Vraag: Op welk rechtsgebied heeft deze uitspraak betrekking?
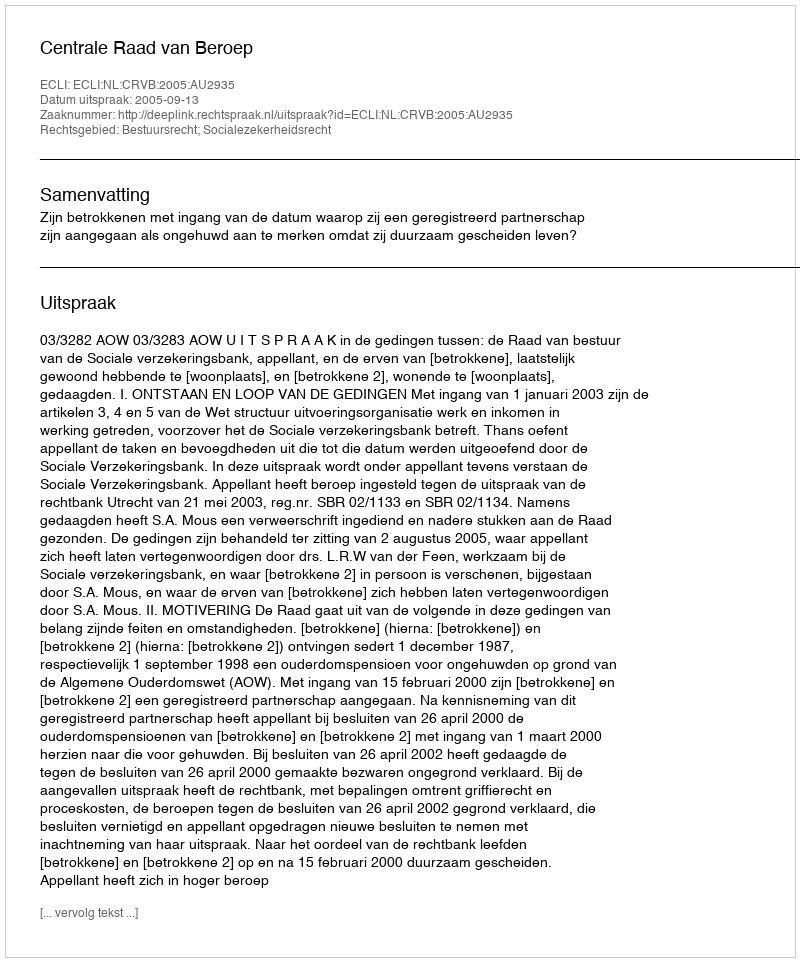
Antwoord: Bestuursrecht; Socialezekerheidsrecht